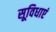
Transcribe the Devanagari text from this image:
सूविधाएं